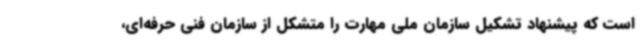
است که پیشنهاد تشکیل سازمان ملی مهارت را متشکل از سازمان فنی حرفه‌ای،